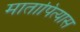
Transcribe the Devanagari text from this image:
मातापित्यास